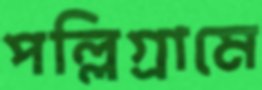
পল্লিগ্রামে